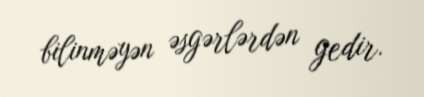
bilinməyən əsgərlərdən gedir.